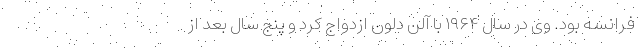
فرانسه بود. وی در سال ۱٩۶۴ با آلن دلون ازدواج کرد و پنج سال بعد از